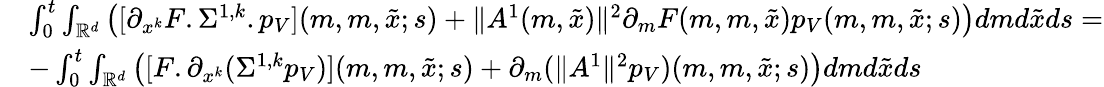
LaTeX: \begin{array}{rl}&{\int_{0}^{t}\int_{\mathbb{R}^{d}}\left([\partial_{x^{k}}F.\Sigma^{1,k}.p_{V}](m,m,\tilde{x};s)+{\| A^{1}(m,\tilde{x})\| ^{2}}\partial_{m}F(m,m,\tilde{x}){p_{V}(m,m,\tilde{x};s)}\right)dmd\tilde{x}ds=}\\ &{-\int_{0}^{t}\int_{\mathbb{R}^{d}}\left([F.\partial_{x^{k}}(\Sigma^{1,k}p_{V})](m,m,\tilde{x};s)+\partial_{m}(\| A^{1}\| ^{2}p_{V})(m,m,\tilde{x};s)\right)dmd\tilde{x}ds}\end{array}